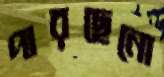
পারছেনো